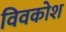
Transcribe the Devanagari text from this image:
विवकोश